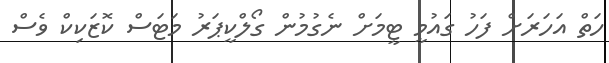
ހަތް އަހަރަށް ފަހު ގައުމީ ޓީމަށް ނެގުމުން ގޯލްކީޕަރު މަޓަސް ކޮޒަކިކް ވެސް